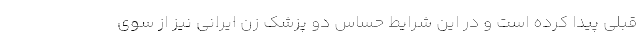
قبلی پیدا کرده است و در این شرایط حساس دو پزشک زن ایرانی نیز از سوی